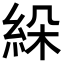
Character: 𦀉